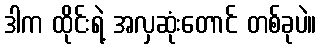
ဒါက ထိုင်းရဲ့ အလှဆုံးတောင် တစ်ခုပဲ။